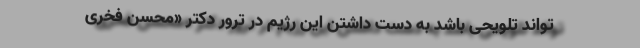
‌تواند تلویحی باشد به دست داشتن این رژیم در ترور دکتر «محسن فخری